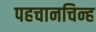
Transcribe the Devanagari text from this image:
पहचानचिन्ह